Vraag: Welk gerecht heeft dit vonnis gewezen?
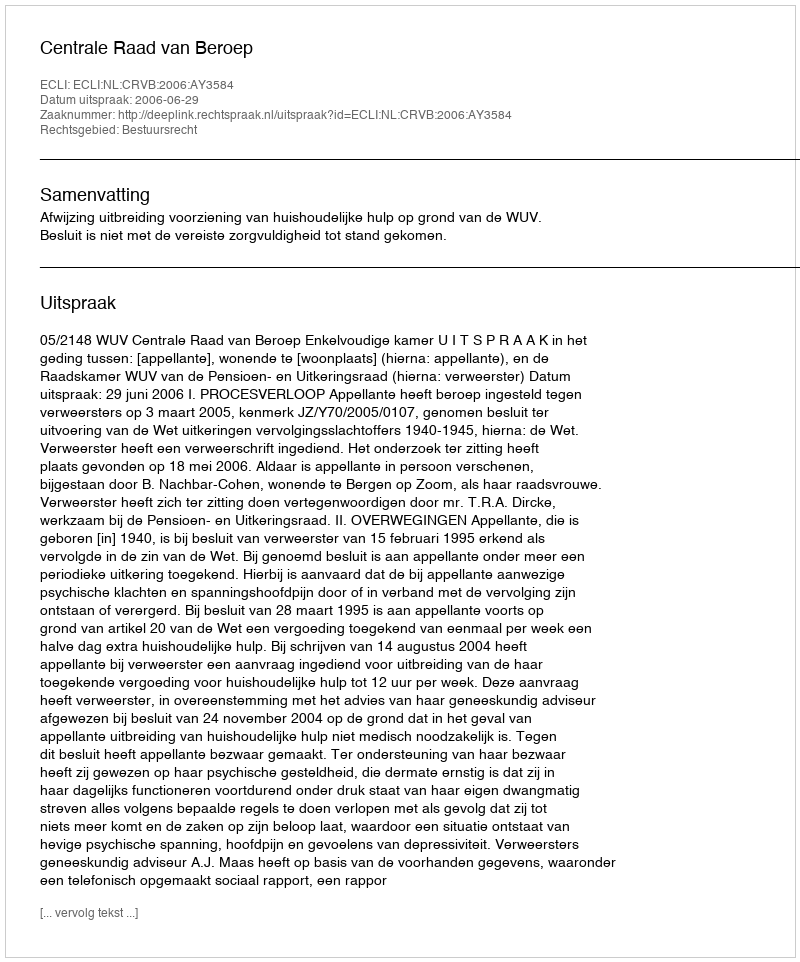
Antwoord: Centrale Raad van Beroep